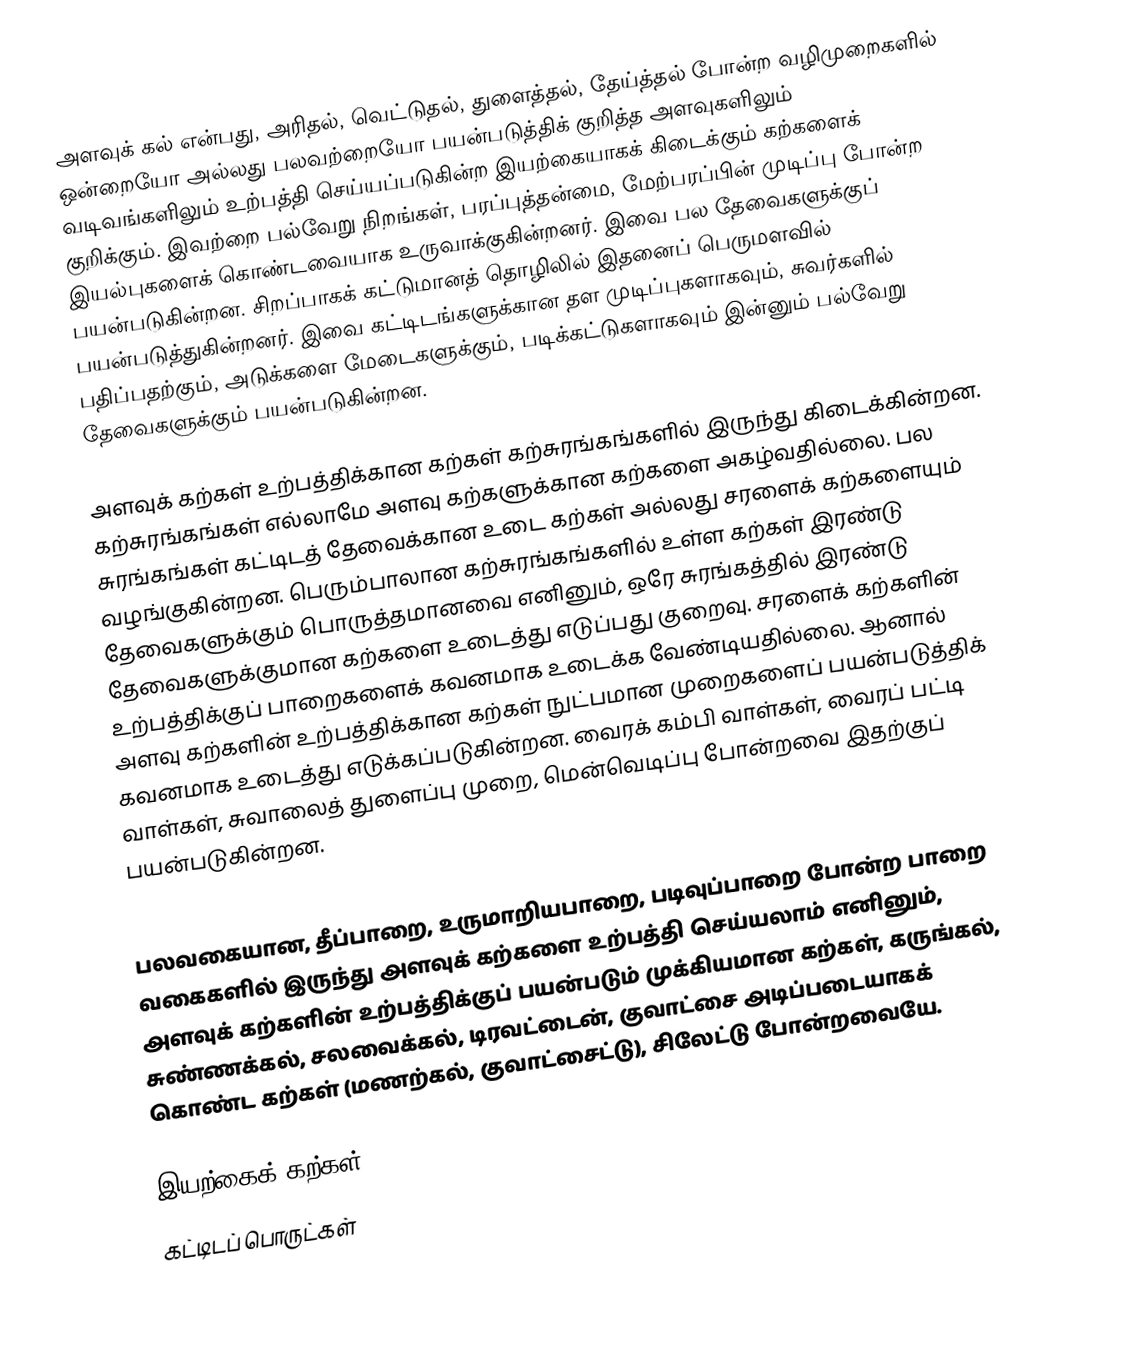
அளவுக் கல் என்பது, அரிதல், வெட்டுதல், துளைத்தல், தேய்த்தல் போன்ற வழிமுறைகளில் ஒன்றையோ அல்லது பலவற்றையோ பயன்படுத்திக் குறித்த அளவுகளிலும் வடிவங்களிலும் உற்பத்தி செய்யப்படுகின்ற இயற்கையாகக் கிடைக்கும் கற்களைக் குறிக்கும். இவற்றை பல்வேறு நிறங்கள், பரப்புத்தன்மை, மேற்பரப்பின் முடிப்பு போன்ற இயல்புகளைக் கொண்டவையாக உருவாக்குகின்றனர். இவை பல தேவைகளுக்குப் பயன்படுகின்றன. சிறப்பாகக் கட்டுமானத் தொழிலில் இதனைப் பெருமளவில் பயன்படுத்துகின்றனர். இவை கட்டிடங்களுக்கான தள முடிப்புகளாகவும், சுவர்களில் பதிப்பதற்கும், அடுக்களை மேடைகளுக்கும், படிக்கட்டுகளாகவும் இன்னும் பல்வேறு தேவைகளுக்கும் பயன்படுகின்றன.

அளவுக் கற்கள் உற்பத்திக்கான கற்கள் கற்சுரங்கங்களில் இருந்து கிடைக்கின்றன. கற்சுரங்கங்கள் எல்லாமே அளவு கற்களுக்கான கற்களை அகழ்வதில்லை. பல சுரங்கங்கள் கட்டிடத் தேவைக்கான உடை கற்கள் அல்லது சரளைக் கற்களையும் வழங்குகின்றன. பெரும்பாலான கற்சுரங்கங்களில் உள்ள கற்கள் இரண்டு தேவைகளுக்கும் பொருத்தமானவை எனினும், ஒரே சுரங்கத்தில் இரண்டு தேவைகளுக்குமான கற்களை உடைத்து எடுப்பது குறைவு. சரளைக் கற்களின் உற்பத்திக்குப் பாறைகளைக் கவனமாக உடைக்க வேண்டியதில்லை. ஆனால் அளவு கற்களின் உற்பத்திக்கான கற்கள் நுட்பமான முறைகளைப் பயன்படுத்திக் கவனமாக உடைத்து எடுக்கப்படுகின்றன. வைரக் கம்பி வாள்கள், வைரப் பட்டி வாள்கள், சுவாலைத் துளைப்பு முறை, மென்வெடிப்பு போன்றவை இதற்குப் பயன்படுகின்றன.

பலவகையான, தீப்பாறை, உருமாறியபாறை, படிவுப்பாறை போன்ற பாறை வகைகளில் இருந்து அளவுக் கற்களை உற்பத்தி செய்யலாம் எனினும், அளவுக் கற்களின் உற்பத்திக்குப் பயன்படும் முக்கியமான கற்கள், கருங்கல், சுண்ணக்கல், சலவைக்கல், டிரவட்டைன், குவாட்சை அடிப்படையாகக் கொண்ட கற்கள் (மணற்கல், குவாட்சைட்டு), சிலேட்டு போன்றவையே.

இயற்கைக் கற்கள்
கட்டிடப் பொருட்கள்